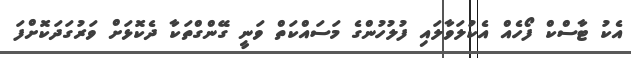
އެކު ޓާސްކް ފޯހެއް އެކުލަވާލައި ފުލުހުންގެ މަސައްކަތް ވަނީ ގޭންގްތަކާ ދެކޮޅަށް ވަރުގަދަކޮށްފަ